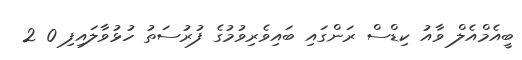
ބީއެމްއެލް ވާއު ކިޑްސް ރަންގައި ބައިވެރިވުމުގެ ފުރުސަތު ހުޅުވާލައިފި 0 2